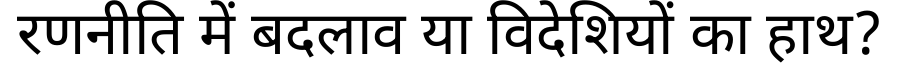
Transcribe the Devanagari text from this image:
रणनीति में बदलाव या विदेशियों का हाथ?